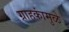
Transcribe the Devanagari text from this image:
ग्राहकांमुळे